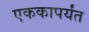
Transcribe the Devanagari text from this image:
एककापर्यंत